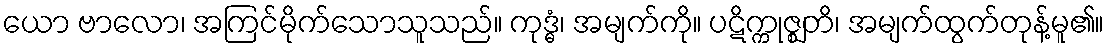
ယော ဗာလော၊ အကြင်မိုက်သောသူသည်။ ကုဒ္ဓံ၊ အမျက်ကို။ ပဋိက္ကုဇ္ဈတိ၊ အမျက်ထွက်တုန့်မူ၏။